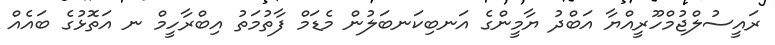
ރައީސުލްޖުމްހޫރީއްޔާ އަބްދު ޔާމީންގެ އަނބިކަނބަލުން މެޑަމް ފާތުމަތު އިބްރާހީމް ނ އަތޮޅުގެ ބައެއް